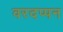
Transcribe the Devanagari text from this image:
वरदप्पन